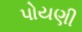
પોયણી